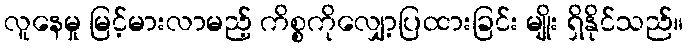
လူနေမှု မြင့်မားလာမည့် ကိစ္စကိုလျှော့ပြထားခြင်း မျိုး ရှိနိုင်သည်။